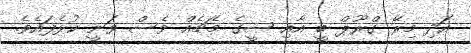
އަދި މިރޭ ގްރޫޕް ބީ އާއި ސީގެ މެޗެއް ވެސް ވަނީ ކުޅެފައެވެ.